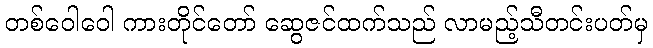
တစ်ဝေါဝေါ ကားတိုင်တော် ဆွေဇင်ထက်သည် လာမည့်သီတင်းပတ်မှ